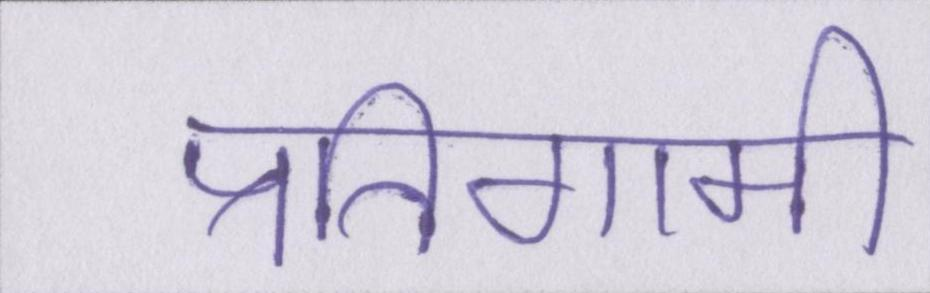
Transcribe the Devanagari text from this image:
प्रतिगामी